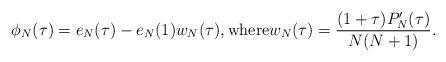
LaTeX: \begin{align*}\phi_{N}(\tau)=e_N(\tau) -e_N(1)w_{N}(\tau), \mbox{where} w_N(\tau)=\frac{(1+\tau)P_N'(\tau)}{N(N+1)}.\end{align*}